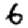
Digit: 6